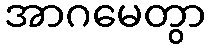
အာဂမေတွာ